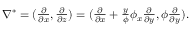
\begin{array} { r } { \nabla ^ { * } = ( \frac { \partial } { \partial x } , \frac { \partial } { \partial z } ) = ( \frac { \partial } { \partial x } + \frac { y } { \phi } \phi _ { x } \frac { \partial } { \partial y } , \phi \frac { \partial } { \partial y } ) . } \end{array}